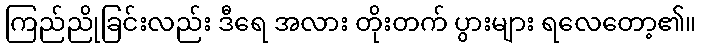
ကြည်ညိုခြင်းလည်း ဒီရေ အလား တိုးတက် ပွားများ ရလေတော့၏။